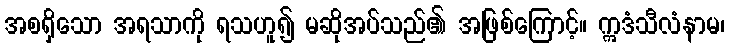
အစရှိသော အရသာကို ရသဟူ၍ မဆိုအပ်သည်၏ အဖြစ်ကြောင့်။ ဣဒံသီလံနာမ၊